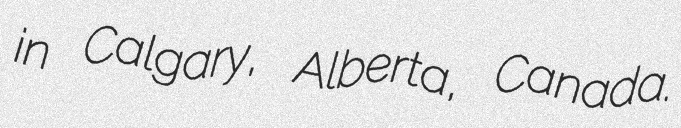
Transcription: in Calgary, Alberta, Canada.